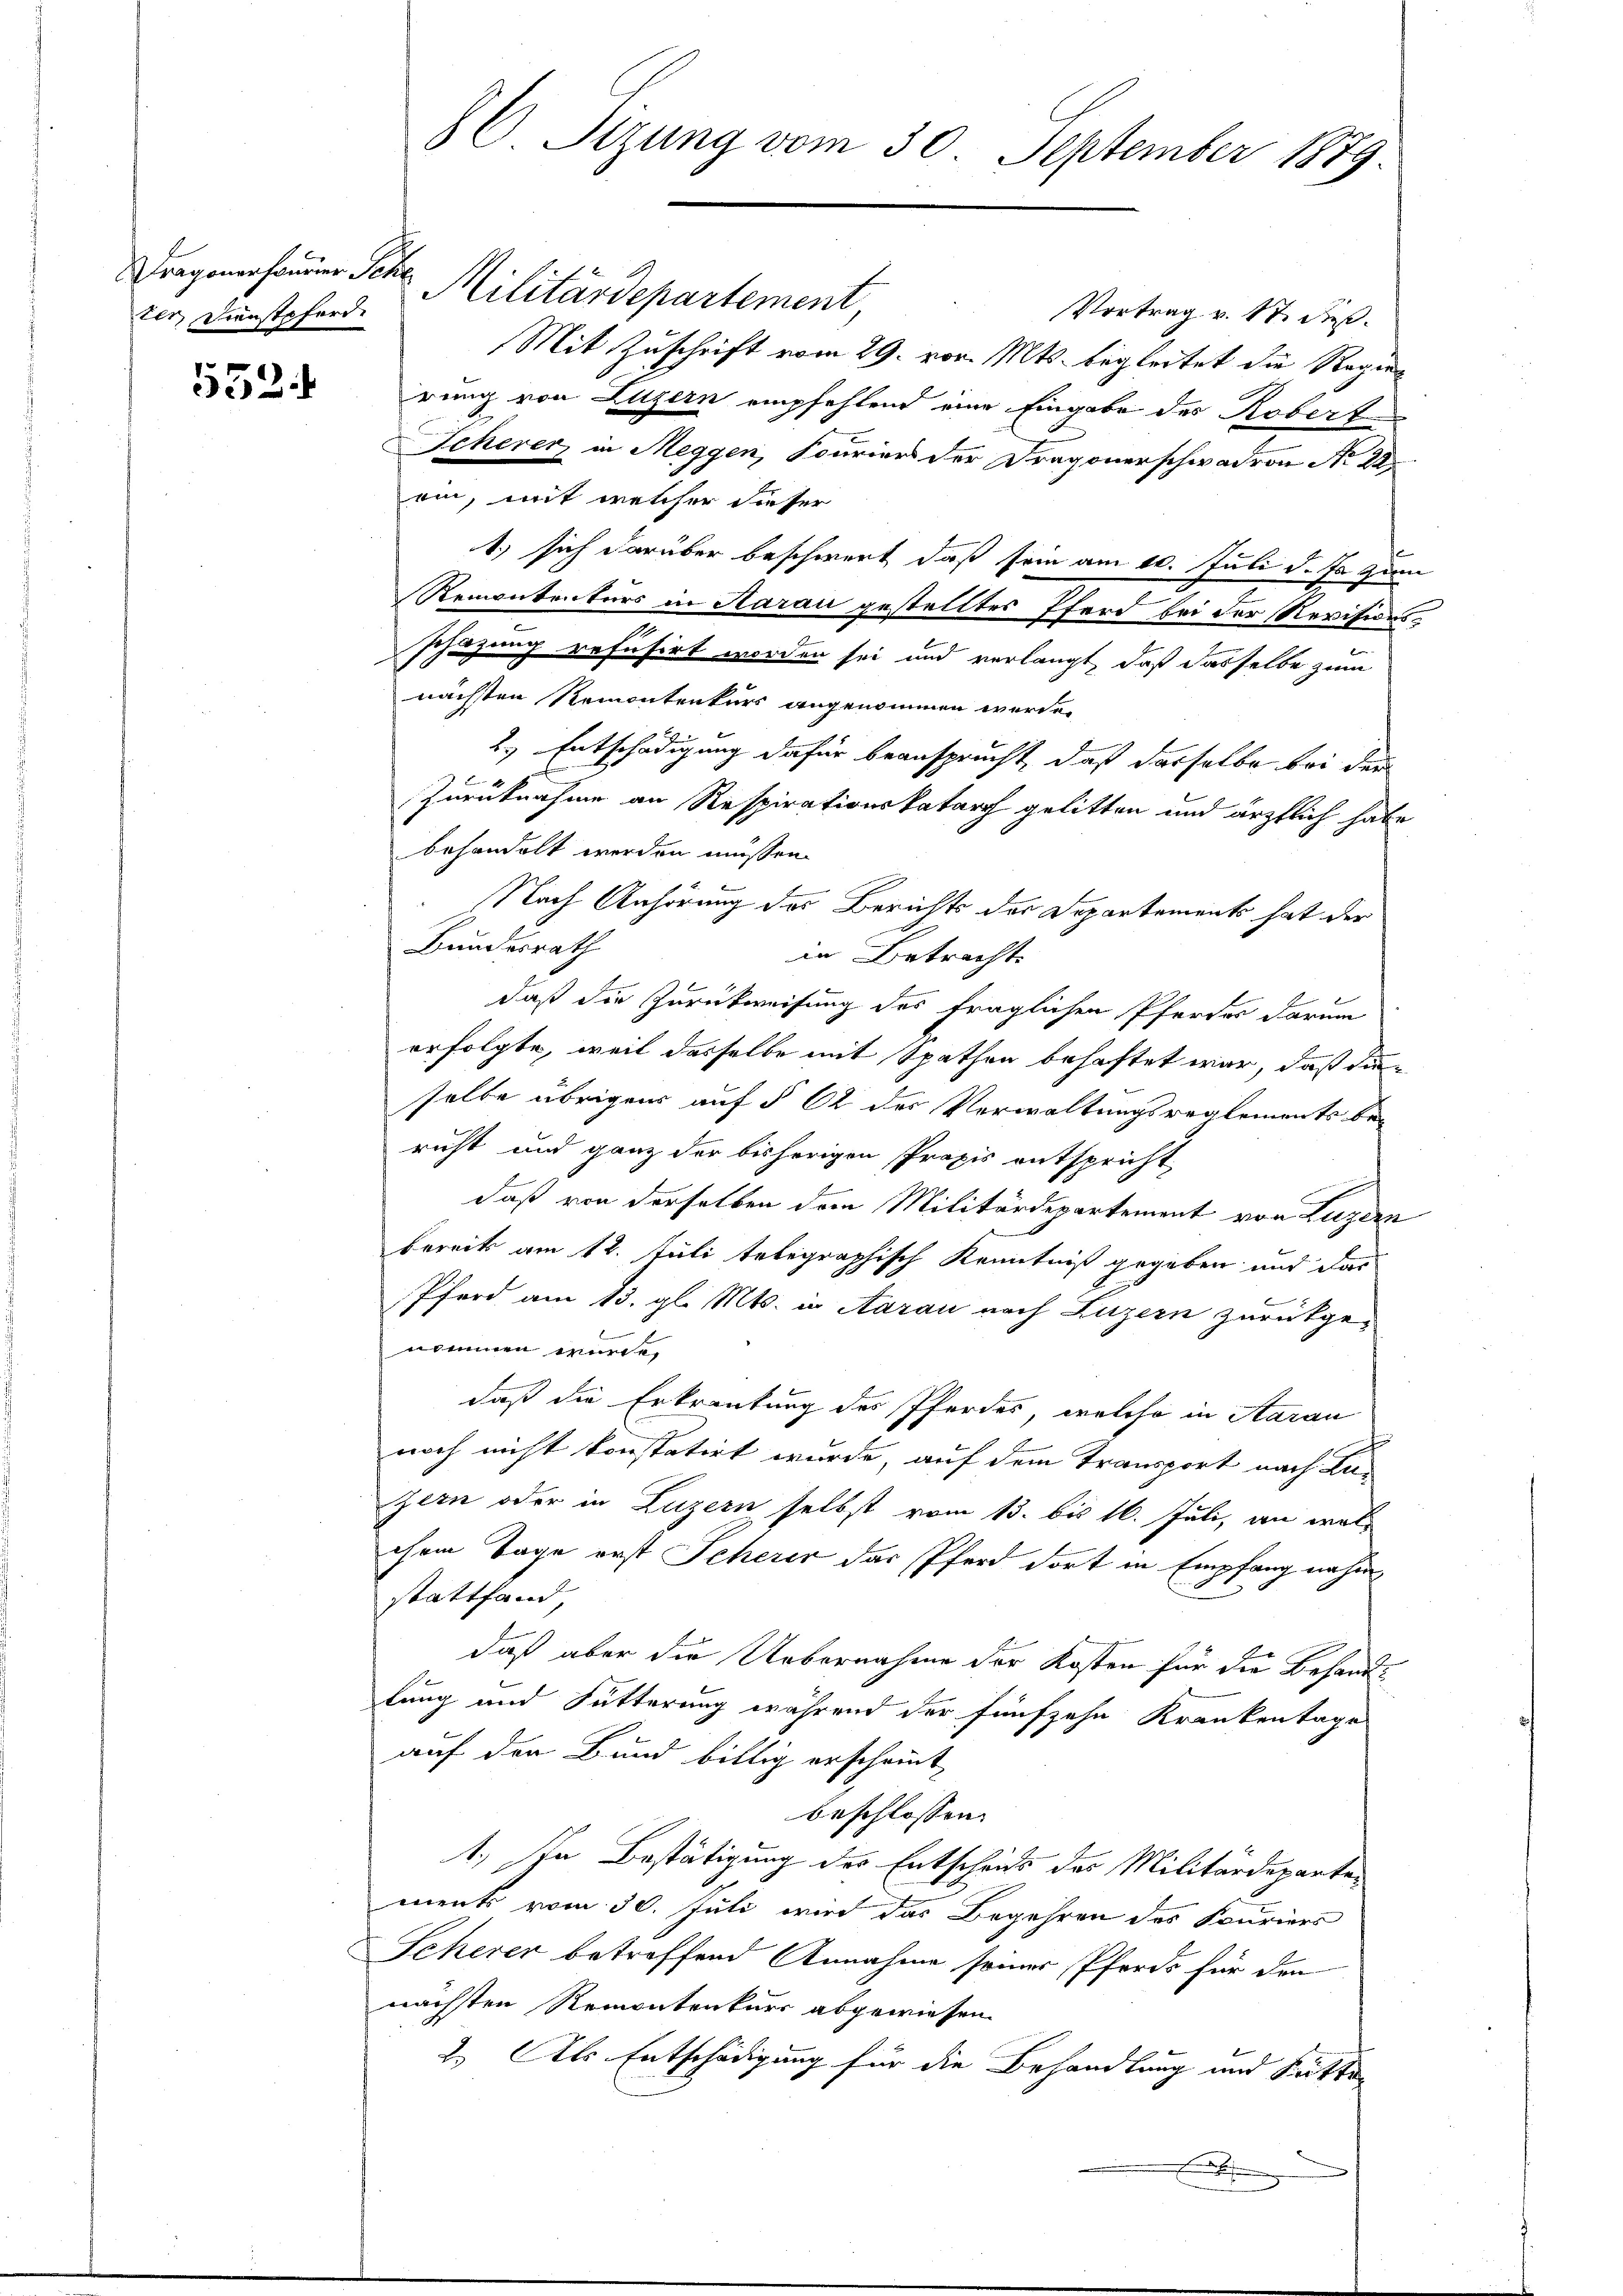
ragoner sonder Sche
ter, Dienstpferd

552.

Militärdepartement
Vortrag v. 17. dieß.
Mit Zuschrift vom 29. vor. Mts. begleitet die Regier
rung von Luzern empfehlend eine Eingabe des Roberte
Scherer in Meggen, scuriers der Fragonerschwadron No 22
ein, mit welcher dieser
1.) sich darüber beschwert, daß sein am 10. Juli d. J. zum
Remontenturs in Aarau gestelltes Pferd bei der Revisionsschazung refusirt worden sei und verlangt, daß dasselbe zum
nächsten Remontenkurs angenommen werde.
2.) Entschädigung dafür beansprucht, daß dasselbe bei der
2 x
Zurücknahme an Respirationskatar gelitten und ärztlich habe
behandelt werden müssen.
Nach Anhörung des Berichts der Departements hat der
Bundesrath
in Betracht.
daß die Zurückweisung des fraglichen Pferdes darum
erfolgte, weil dasselbe mit Späthen behaftet war, daß di
selbe übrigens auf § 62 des Verwaltungsreglements bericht und ganz der bisherigen Praxis entspricht
1
daß von derselben dem Militärdepartement von Luzern
bereits am 12. Juli telegraphisch Kenntniß gegeben und das
Pferd am 15. gl. Mts. in Aarau nach Luzern zurückge-
nommen wurde,
daß die Erkrautung des Pferdes, welche in Aarau
noch nicht konstatirt wurde, auf dem Transport nach Lan
zern oder in Luzern selbst vom 13. bis 16. Juli, an welchem Tage erst Scherer das Pferd dort in Empfang nahm,
stattfand,
b
daß aber die Uebernahme der Kosten für die Behand
lung und Fütterung während der fünfzehn Krankentage
auf der Bund billig erscheint,
beschlossen:
1.) In Bestätigung des Entscheits des Militärdeparte-
ments vom 30. Juli wird das Begehren des Fouriers
Scherer betreffend Annahme seiner Pferds für den
nächsten Remontenkurs abgewiesen.
2. Als Entschädigung für die Behandlung und Kutter
x

86. Sizung vom 30. September 1879.